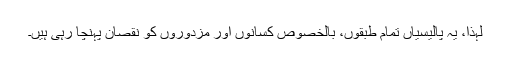
لہذا، یہ پالیسیاں تمام طبقوں، بالخصوص کسانوں اور مزدوروں کو نقصان پہنچا رہی ہیں۔